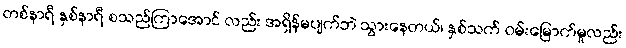
တစ်နာရီ နှစ်နာရီ စသည်ကြာအောင် လည်း အရှိန်မပျက်ဘဲ သွားနေတယ်၊ နှစ်သက် ဝမ်းမြောက်မှုလည်း